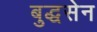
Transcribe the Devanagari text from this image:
बुद्धसेन